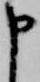
申